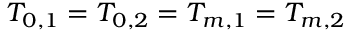
T _ { 0 , 1 } = T _ { 0 , 2 } = T _ { m , 1 } = T _ { m , 2 }